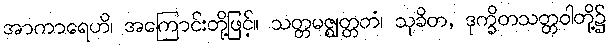
အာကာရေဟိ၊ အကြောင်းတို့ဖြင့်။ သတ္တမဇ္ဈတ္တတံ၊ သုခိတ, ဒုက္ခိတသတ္တဝါတို့၌